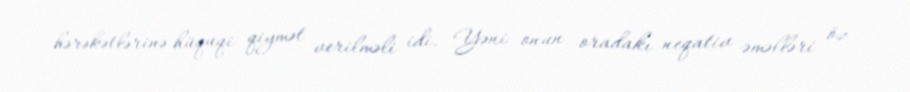
hərəkətlərinə hüquqi qiymət verilməli idi. Yəni onun oradakı neqativ əməlləri öz